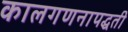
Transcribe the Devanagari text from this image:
कालगणनापद्धती